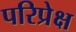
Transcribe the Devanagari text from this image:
परिप्रेक्ष